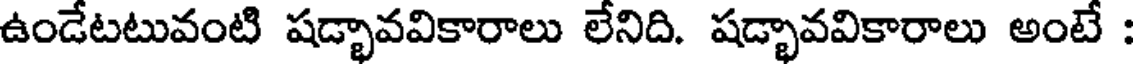
ఉండేటటువంటి షడ్భావవికారాలు లేనిది. షడ్భావవికారాలు అంటే :